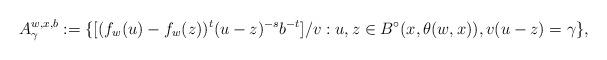
LaTeX: \begin{align*}A_\gamma^{w,x,b}:=\{[(f_{w}(u)-f_{w}(z))^t(u-z)^{-s}b^{-t}]/v : u, z\in B^\circ(x, \theta(w,x)), v(u-z)=\gamma\},\end{align*}